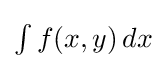
{\textstyle \int f(x,y)\,dx}